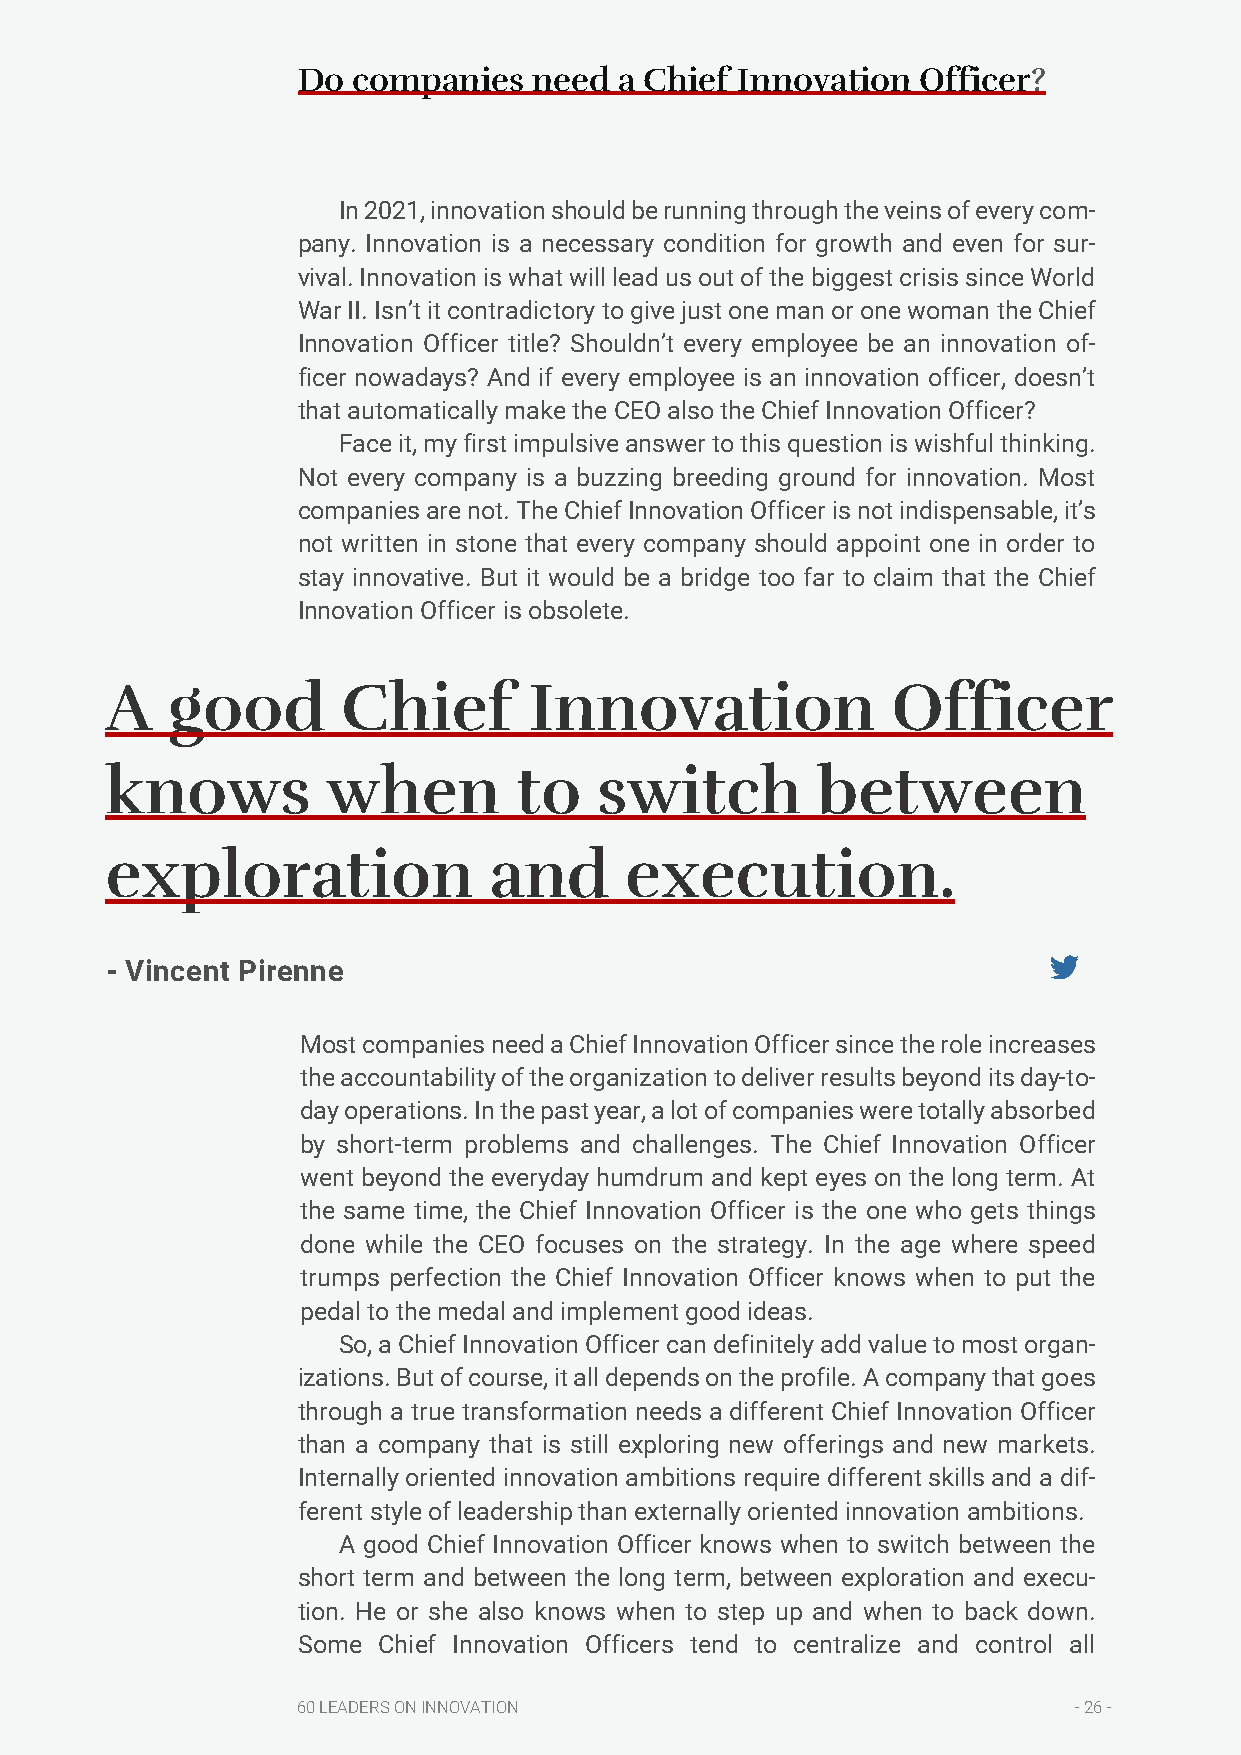
Do companies   need  a Chief Innovation  Officer?
 In 2021, innovation should be running through the veins of every com-
 pany. Innovation is a necessary condition for growth and even for sur-
 vival. Innovation is what will lead us out of the biggest crisis since World
 War II. Isn’t it contradictory to give just one man or one woman the Chief
 Innovation Officer title? Shouldn’t every employee be an innovation of-
 ficer nowadays? And if every employee is an innovation officer, doesn’t
 that automatically make the CEO also the Chief Innovation Officer?
 Face it, my first impulsive answer to this question is wishful thinking.
 Not every company is a buzzing breeding ground for innovation. Most
 companies are not. The Chief Innovation Officer is not indispensable, it’s
 not written in stone that every company should appoint one in order to
 stay innovative. But it would be a bridge too far to claim that the Chief
 Innovation Officer is obsolete.
 A   good        Chief       Innovation              Officer
 knows          when        to    switch        between
 exploration              and      execution.
 - Vincent Pirenne
 Most companies need a Chief Innovation Officer since the role increases
 the accountability of the organization to deliver results beyond its day-to-
 day operations. In the past year, a lot of companies were totally absorbed
 by short-term problems and challenges. The Chief Innovation Officer
 went beyond the everyday humdrum and kept eyes on the long term. At
 the same time, the Chief Innovation Officer is the one who gets things
 done while the CEO focuses on the strategy. In the age where speed
 trumps perfection the Chief Innovation Officer knows when to put the
 pedal to the medal and implement good ideas.
 So, a Chief Innovation Officer can definitely add value to most organ-
 izations. But of course, it all depends on the profile. A company that goes
 through a true transformation needs a different Chief Innovation Officer
 than a company that is still exploring new offerings and new markets.
 Internally oriented innovation ambitions require different skills and a dif-
 ferent style of leadership than externally oriented innovation ambitions.
 A good Chief Innovation Officer knows when to switch between the
 short term and between the long term, between exploration and execu-
 tion. He or she also knows when to step up and when to back down.
 Some Chief Innovation Officers tend to centralize and control all
 60 LEADERS ON INNOVATION                           - 26 -